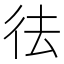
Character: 𭛟